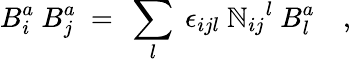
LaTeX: {B}_{i}^{a}\ {B}_{j}^{a}\ =\ \sum_{l}\ \epsilon_{ijl}\ {\mathbb{N}_{ij}}^{l}\ {B}_{l}^{a}\quad,